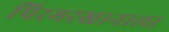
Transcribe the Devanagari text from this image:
पिरमरखानाला